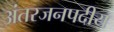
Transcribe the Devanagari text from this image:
अंतरजनपदीय